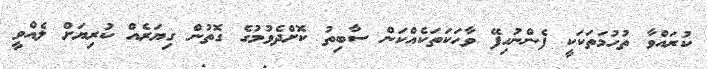
ކުރައްވާ ތުހުމަތަކަކީ ފެންނުހިފޭ ވާހަކަތަކެއްކަން ސާބިތު ކޮށްދެވުމުގެ ގޮތުން ގިޔަރެއް ކުރިޔަށް ލެއްވީ